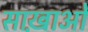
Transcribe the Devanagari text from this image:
साख़ाओं